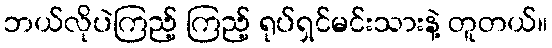
ဘယ်လိုပဲကြည့် ကြည့် ရုပ်ရှင်မင်းသားနဲ့ တူတယ်။